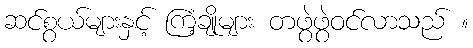
ဆင်စွယ်များနှင့် ကြံ့ချိုများ တဖွဲဖွဲဝင်လာသည် ။